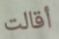
أقالت